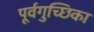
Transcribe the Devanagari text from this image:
पूर्वगुच्छिका